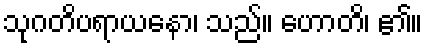
သုဂတိပရာယနော၊ သည်။ ဟောတိ၊ ၏။